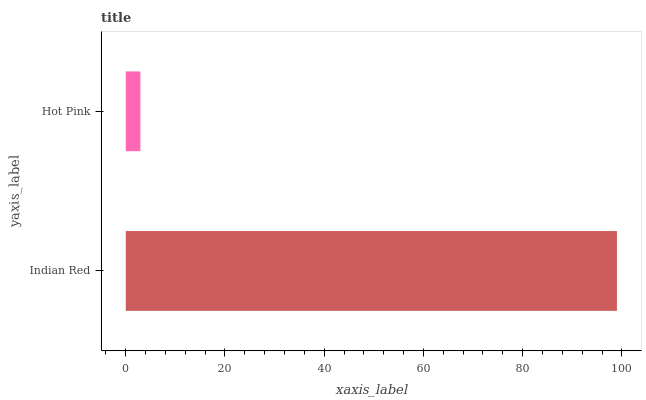
| yaxis_label | bars |
 | --- | --- |
 | Indian Red | 99 |
 | Hot Pink | 2.95 |